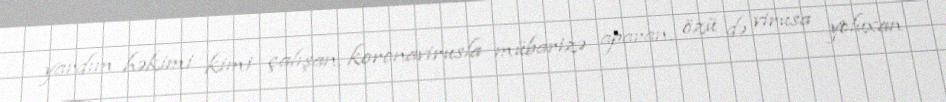
yardım həkimi kimi çalışan, koronavirusla mübarizə aparan, özü də virusa yoluxan